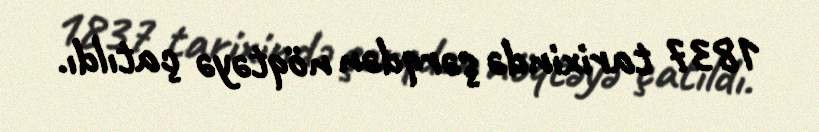
1837 tarixində şərqdən nöqtəyə çatıldı.